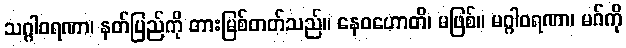
သဂ္ဂါဝရဏာ၊ နတ်ပြည်ကို တားမြစ်တတ်သည်။ နေဝဟောတိ၊ မဖြစ်။ မဂ္ဂါဝရဏာ၊ မဂ်ကို